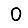
Digit: 0